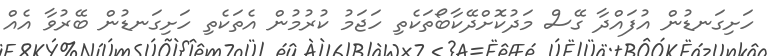
ހަށިގަނޑުން އުފައްދާ ގޭސް މަދުކޮށްދޭކާބޯތަކެތި ހަޖަމު ކުރުމުން އެތަކެތި ހަށިގަނޑުން ބޭރުވާ އެއް